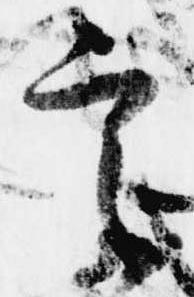
言